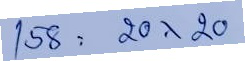
158 = 20x20